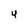
Character: 4